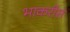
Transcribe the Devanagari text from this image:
भाकरीस